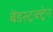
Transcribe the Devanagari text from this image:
बेंडस्ट्रक्ट्रेन